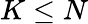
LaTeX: K\le N